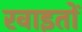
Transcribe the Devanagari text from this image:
रवाइतों